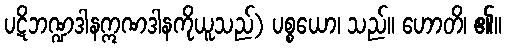
ပဋိဘဏ္ဍဒါနဣဏဒါနကိုယူသည်) ပစ္စယော၊ သည်။ ဟောတိ၊ ၏။